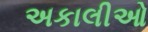
અકાલીઓ